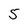
Character: 5